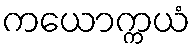
ကယောက္ကယံ